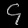
Digit: ၄